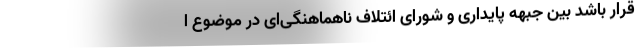
قرار باشد بین جبهه پایداری و شورای ائتلاف ناهماهنگی‌ای در موضوع ا